Report on vaccination in Madras 1877-1894 - 1877-1894
Year: 1877
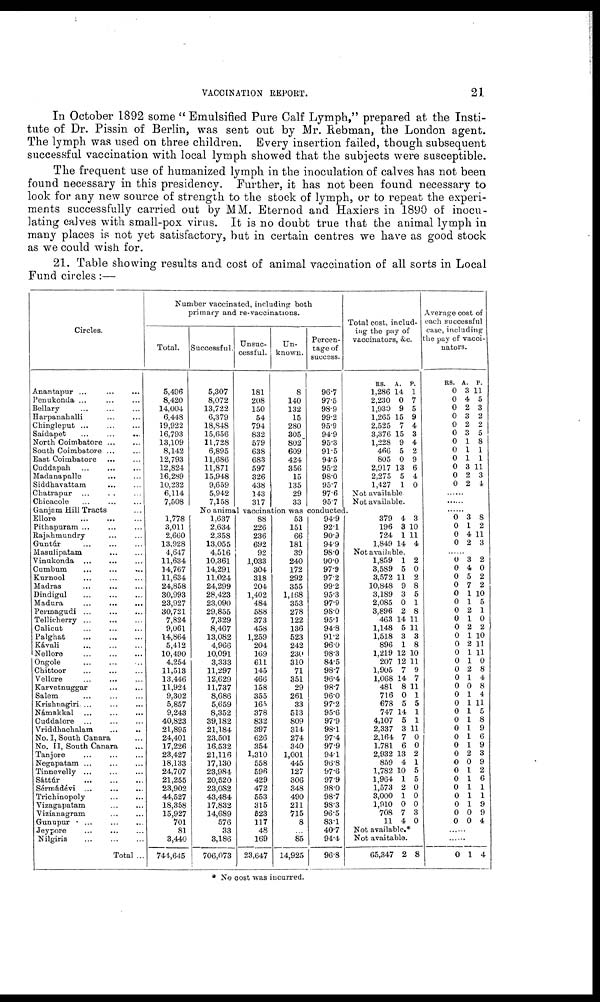
VACCINATION REPORT.
21
In October 1892 some " Emulsified Pure Calf Lymph," prepared at the Insti-
tute of Dr. Pissin of Berlin, was sent out by Mr. Rebman, the London agent.
The lymph was used on three children. Every insertion failed, though subsequent
successful vaccination with local lymph showed that the subjects were susceptible.
The frequent use of humanized lymph in the inoculation of calves has not been
found necessary in this presidency. Further, it has not been found necessary to
look for any new source of strength to the stock of lymph, or to repeat the experi-
ments successfully carried out by MM. Eternod and Haxiers in 1890 of inocu-
lating calves with small-pox virus. It is no doubt true that the animal lymph in
many places is not yet satisfactory, but in certain centres we have as good stock
as we could wish for.
21. Table showing results and cost of animal vaccination of all sorts in Local
Fund circles:—
Circles.
Anantapur ... ... ...
Penukonda ... ... ...
Bellary ... ... ...
Harpanahalli ... ...
Chingleput ... ... ...
Saidapet
...
...
...
North Coimbatore
...
...
South Coimbatore
...
...
East Coimbatore ... ...
Cuddapah
...
...
...
Madanapalle ... ...
Siddhavattam ... ...
Chatrapur ... ... ... ...
Chicacole ... ... ...
Ganjam Hill Tracts ...
Ellore
...
...
...
Pithapuram ... ... ...
Rajahmundry ... ...
Guntúr ... ... ...
Masulipatam
...
...
Vinukonda
...
...
...
Cumbum ... ... ...
Kurnool
...
...
...
Madras ... ... ...
Dindigul ... ... ...
Madura
...
...
Permagudi
...
...
...
Tellicherry
...
...
...
Calicut ... ... ...
Palghat
...
...
...
Kávali
...
...
...
Nellore ... ... ...
Ongole ... ... ...
Chittoor
...
...
...
Vellore
...
...
...
Karvetnuggar
...
...
Salem ... ... ...
Krishnagiri
...
...
...
Námakkal ... ... ...
Cuddalore
...
...
...
Vriddhachalam
...
...
No. I, South Canara ...
No. II, South Canara ...
Tanjore
...
...
...
Negapatam ... ... ...
Tinnevelly ... ... ...
Sáttúr
...
...
...
Sérmádévi
...
...
...
Trichinopoly ... ...
Vizagapatam
...
...
Vizianagram
...
...
Gunupur ... ... ...
Jeypore ... ... ...
Nilgiris
...
...
...
Total ...
Number vaccinated, including both
primary and re-vaccinations.
Total.
5,496
8,420
14,004
6,448
19,922
16,793
13,109
8,142
12,793
12,824
16,289
10,232
6,114
7,508
Successful.
5,307
8,072
13,722
6,379
18,848
15,656
11,728
6,895
11,686
11,871
15,948
9,659
5,942
7,158
Unsuc-
cessful.
181
208
150
54
794
832
579
638
683
597
326
438
143
317
Un-
known.
8
140
132
15
280
305
802
609
424
356
15
135
29
33
Percen-
tage of
success.
96.7
97.5
98.9
99.2
95.9
94.9
95.3
91.5
94.5
95.2
98.0
95.7
97.6
95.7
Total cost, includ-
ing the pay of
vaccinators, &c.
RS.
1,286
2,230
1,930
1,265
2,525
3,376
1,228
466
805
2,917
2,275
1,427
A.
14
0
9
15
7
15
9
5
0
13
5
1
P.
1
7
5
9
4
3
4
2
9
6
4
0
Not available
Not available.
No animal vaccination was conducted.
1,778
3,011
2,660
13,928
4,647
11,634
14,767
11,634
24,858
30,993
23,927
30,721
7,824
9,061
14,864
5,412
10,490
4,254
11,513
13,446
11,924
9,302
5,857
9,243
40,823
21,895
24,401
17,226
23,427
18,133
24,707
21,255
23,902
44,527
18,358
15,927
701
81
3,440
744,645
1,637
2,634
2,358
13,055
4,516
10,361
14,291
11,024
24,299
28,423
23,090
29,855
7,329
8,467
13,082
4,966
10,091
3,333
11,297
12,629
11,737
8,686
5,659
8,352
39,182
21,184
23,501
16,532
21,116
17,130
23,984
20,520
23,082
43,484
17,832
14,689
576
33
3,186
706,073
88
226
236
692
92
1,033
304
318
204
1,402
484
588
373
458
1,259
204
169
611
145
466
158
355
165
378
832
397
626
354
1,310
558
596
429
472
553
315
523
117
48
169
23,647
53
151
66
181
39
240
172
292
355
1,168
353
278
122
136
523
242
230
310
71
351
29
261
33
513
809
314
274
340
1,001
445
127
306
348
490
211
715
8
...
85
14,925
94.9
92.1
90.9
94.9
98.0
90.0
97.9
97.2
99.2
95.3
97.9
98.0
95.1
94.8
91.2
96.0
98.3
84.5
98.7
96.4
98.7
96.0
97.2
95.6
97.9
98.1
97.4
97.9
94.1
96.8
97.6
97.9
98.0
98.7
98.3
96.5
83.1
40.7
94.4
96.8
379
196
724
1,849
4
3
1
14
3
10
11
4
Not available.
1,859
3,589
3,572
10,848
3,189
2,085
3,896
463
1,148
1,518
896
1,219
207
1,905
1,068
481
716
678
747
4,107
2,337
2,164
1,781
2,932
859
1,782
1,964
1,573
3,000
1,910
708
11
1
5
11
9
3
0
2
14
5
3
1
12
12
7
14
8
0
5
14
5
3
7
6
13
4
10
1
2
1
0
7
4
2
0
2
8
5
1
8
11
11
3
8
10
11
9
7
11
1
5
1
1
11
0
0
2
1
5
5
0
0
0
3
0
Not available.*
Not avaitable.
65,347 2 8
Average cost of
each successful
case, including
the pay of vacci-
nators.
RS.
0
0
0
0
0
0
0
0
0
0
0
0
A.
3
4
2
3
2
3
1
1
1
3
2
2
P.
11
5
3
2
2
5
8
1
1
11
3
4
......
......
......
0
0
0
0
3
1
4
2
8
2
11
3
......
0
0
0
0
0
0
0
0
0
0
0
0
0
0
0
0
0
0
0
0
0
0
0
0
0
0
0
0
0
0
0
0
3
4
5
7
1
1
2
1
2
1
2
1
1
2
1
0
1
1
1
1
1
1
1
2
0
1
1
1
1
1
0
0
2
0
2
2
10
5
1
0
2
10
11
11
0
8
4
8
4
11
5
8
9
6
9
3
9
2
6
1
1
9
9
4
......
......
0 1 4
* No cost was incurred.